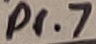
Text: P1.7